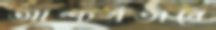
আশ্চর্যভাবে